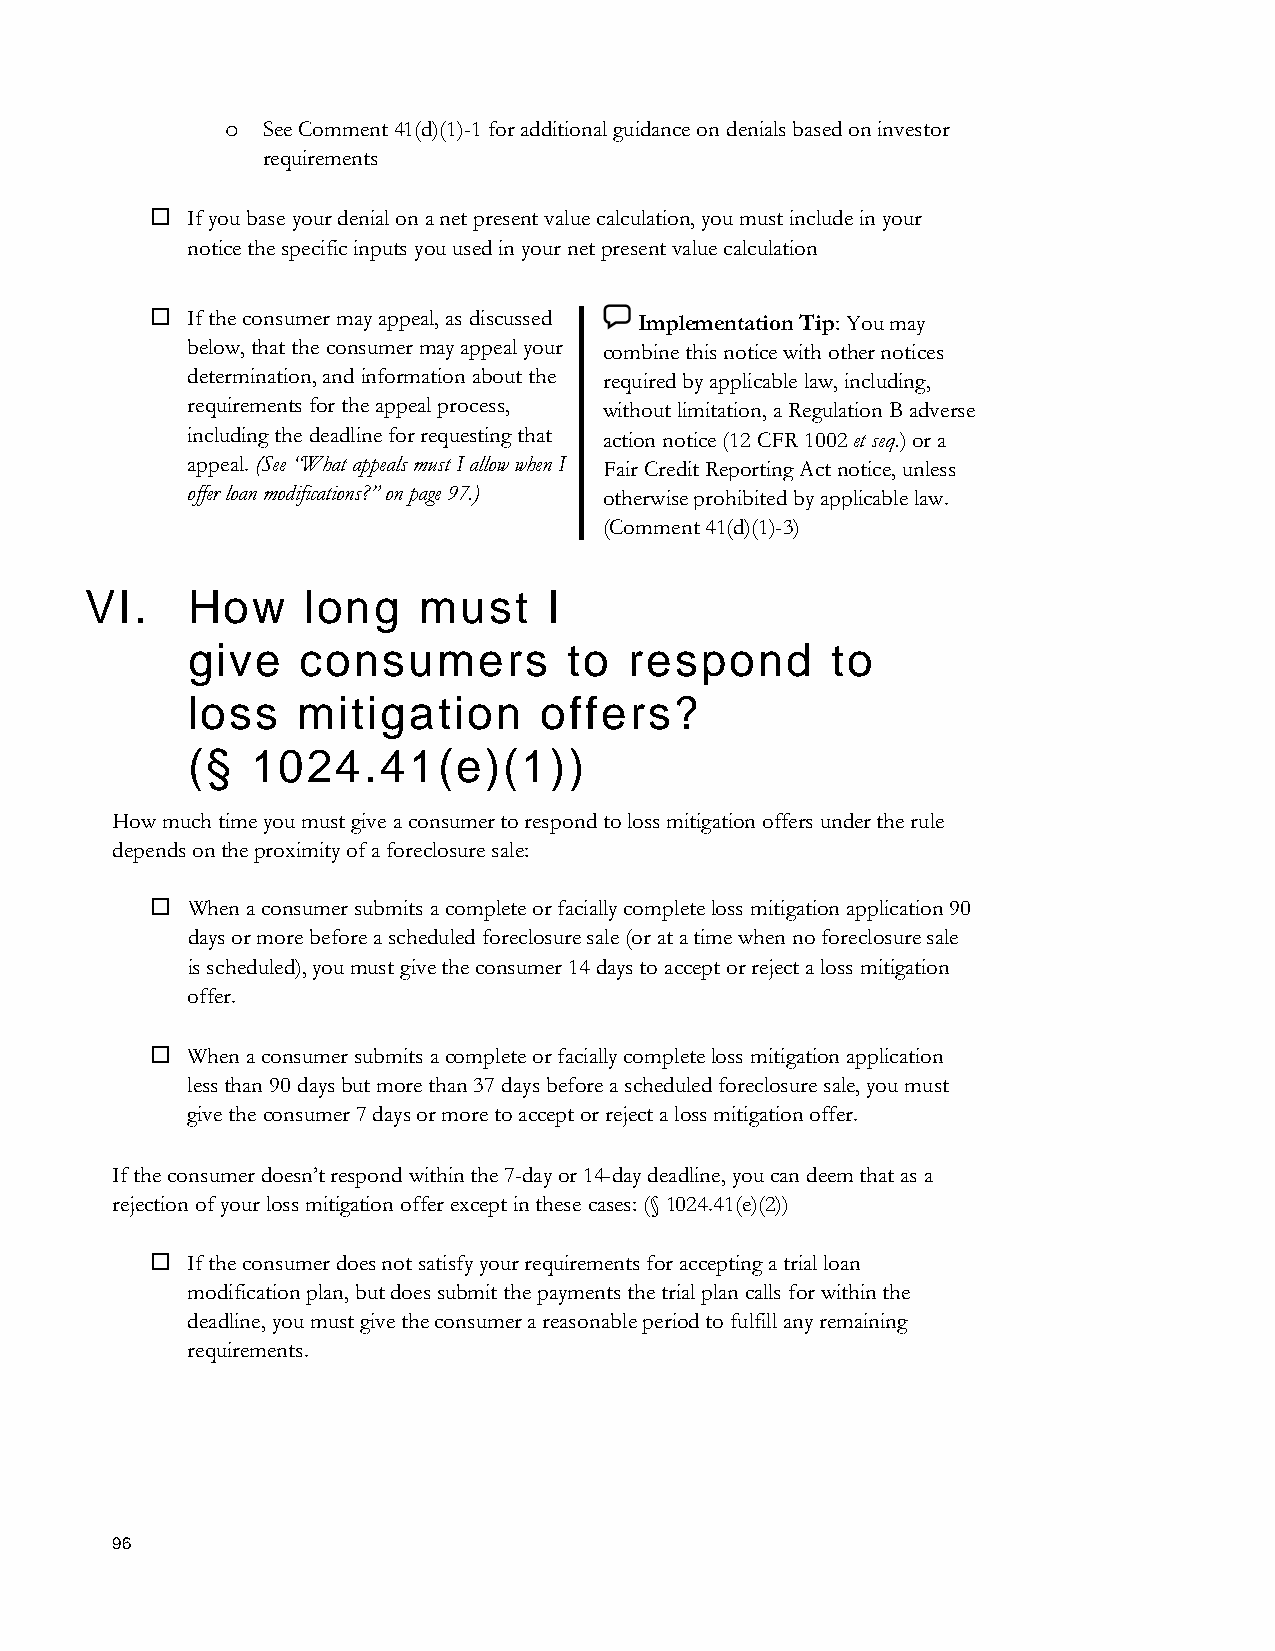
See Comment 41(d)(1)-1 for additional guidance on denials based on investor
 o
 requirements
  If you base your denial on a net present value calculation, you must include in your
 notice the specific inputs you used in your net present value calculation
  If the consumer may appeal, as discussed Implementation Tip: You may
 below, that the consumer may appeal your combine this notice with other notices
 determination, and information about the required by applicable law, including,
 requirements for the appeal process, without limitation, a Regulation B adverse
 including the deadline for requesting that action notice (12 CFR 1002 et seq.) or a
 appeal. (See “What appeals must I allow when I Fair Credit Reporting Act notice, unless
 offer loan modifications?” on page 97.) otherwise prohibited by applicable law.
 (Comment 41(d)(1)-3)
 VI.   How     long    must    I
 give    consumers         to  respond      to
 loss    mitigation      offers?
 (§   1024.41(e)(1))
 How much time you must give a consumer to respond to loss mitigation offers under the rule
 depends on the proximity of a foreclosure sale:
  When a consumer submits a complete or facially complete loss mitigation application 90
 days or more before a scheduled foreclosure sale (or at a time when no foreclosure sale
 is scheduled), you must give the consumer 14 days to accept or reject a loss mitigation
 offer.
  When a consumer submits a complete or facially complete loss mitigation application
 less than 90 days but more than 37 days before a scheduled foreclosure sale, you must
 give the consumer 7 days or more to accept or reject a loss mitigation offer.
 If the consumer doesn’t respond within the 7-day or 14-day deadline, you can deem that as a
 rejection of your loss mitigation offer except in these cases: (§ 1024.41(e)(2))
  If the consumer does not satisfy your requirements for accepting a trial loan
 modification plan, but does submit the payments the trial plan calls for within the
 deadline, you must give the consumer a reasonable period to fulfill any remaining
 requirements.
 96